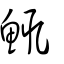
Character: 鮿